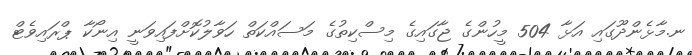
ނ.މާޅެންދޫގައި އަޅާ 504 މީހުންގެ ޖާގައިގެ މިސްކިތުގެ މަސައްކަތް ހަވާލުކޮށްފައިވަނީ އިނޯކާ ޕްރައިވެޓް